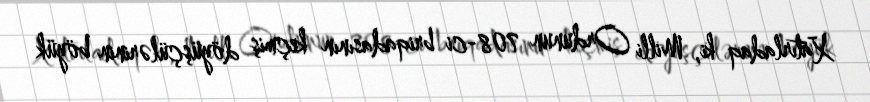
Xatırladaq ki, Milli Ordunun 708-ci briqadasının keçmiş döyüşçülərinin böyük